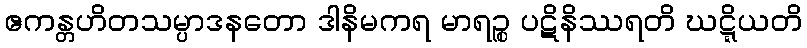
ဧကန္တဟိတသမ္ပာဒနတော ဒါနိမကရ မာရဉ္စ ပဋိနိဿရတိ ဃဋ္ဋိယတိ